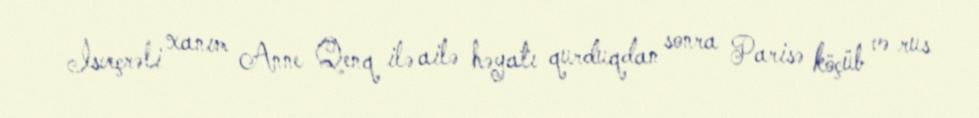
İsveçrəli xanım Anne Qenq ilə ailə həyatı qurduqdan sonra Parisə köçüb və rus